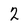
Character: 2